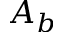
A _ { b }